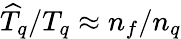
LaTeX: \widehat{T}_{q}/T_{q}\approx n_{f}/n_{q}